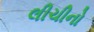
લીચીનો